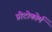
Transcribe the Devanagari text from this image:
प्रोटोकोर्म